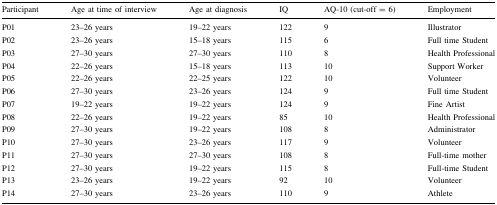
| Participant | Age at time of interview | Age at diagnosis | IQ | AQ-10 (cut-off = 6) | Employment |
 | --- | --- | --- | --- | --- | --- |
 | P01 | 23–26 years | 19–22 years | 122 | 9 | Illustrator |
 | P02 | 23–26 years | 15–18 years | 115 | 6 | Full time Student |
 | P03 | 27–30 years | 27–30 years | 110 | 8 | Health Professional |
 | P04 | 22–26 years | 15–18 years | 113 | 10 | Support Worker |
 | P05 | 22–26 years | 22–25 years | 122 | 10 | Volunteer |
 | P06 | 27–30 years | 23–26 years | 124 | 9 | Full time Student |
 | P07 | 19–22 years | 19–22 years | 124 | 9 | Fine Artist |
 | P08 | 22–26 years | 19–22 years | 85 | 10 | Health Professional |
 | P09 | 27–30 years | 19–22 years | 108 | 8 | Administrator |
 | P10 | 27–30 years | 23–26 years | 117 | 9 | Volunteer |
 | P11 | 27–30 years | 27–30 years | 108 | 8 | Full-time mother |
 | P12 | 27–30 years | 19–22 years | 115 | 8 | Full-time Student |
 | P13 | 23–26 years | 19–22 years | 92 | 10 | Volunteer |
 | P14 | 27–30 years | 23–26 years | 110 | 9 | Athlete |